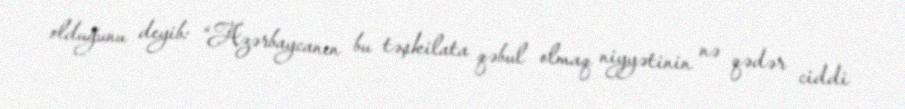
olduğunu deyib: “Azərbaycanın bu təşkilata qəbul olmaq niyyətinin nə qədər ciddi